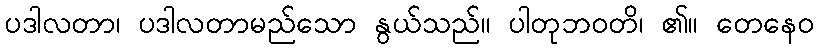
ပဒါလတာ၊ ပဒါလတာမည်သော နွယ်သည်။ ပါတုဘဝတိ၊ ၏။ တေနေဝ